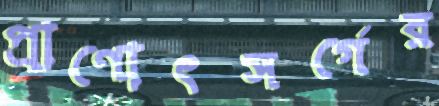
প্রাণোৎসর্গের